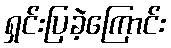
ရှင်းပြခဲ့ကြောင်း